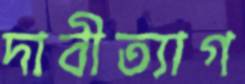
দাবীত্যাগ